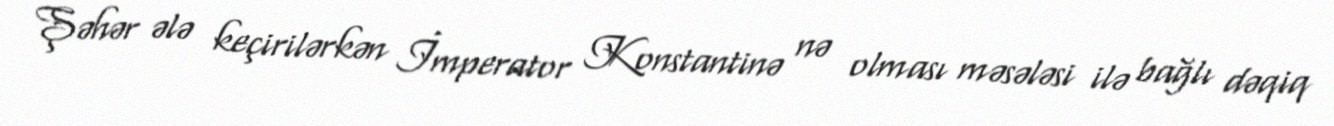
Şəhər ələ keçirilərkən İmperator Konstantinə nə olması məsələsi ilə bağlı dəqiq